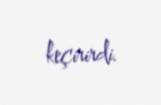
keçirirdi.